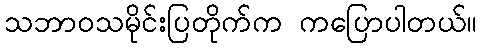
သဘာဝသမိုင်းပြတိုက်က ကပြောပါတယ်။